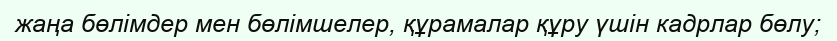
жаңа бөлімдер мен бөлімшелер, құрамалар құру үшін кадрлар бөлу;